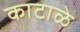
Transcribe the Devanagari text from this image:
काटाळे